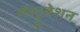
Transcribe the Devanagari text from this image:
मॅस्ट्रूबेशन